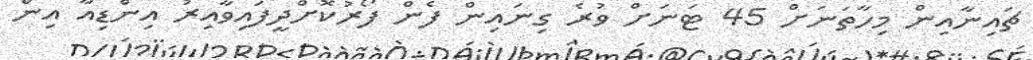
ޗައިނާއިން މިހާތަނަށް 45 ޓަނަށް ވުރެ ގިނައިން ފެން ފޯރުކޮށްދީފައިވާއިރު އިންޑިއާ އިން